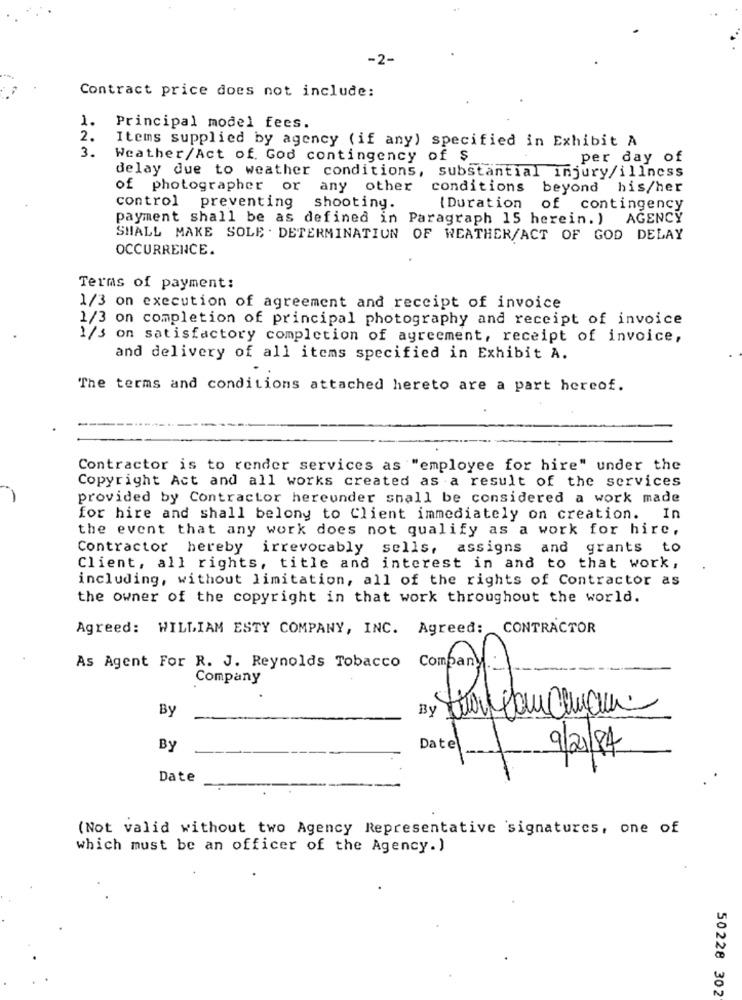
-2-
Contract price does not include:
1. Principal model fees.
2.
3.
Items supplied by agency (if any) specified in Exhibit A
Weather/Act of God contingency of $
per day of
delay due to weather conditions, substantial injury/illness
of photographer or any other conditions
beyond his/her
control preventing
shooting.
{Duration
of contingency
payment shall be as defined in Paragraph 15 herein. ) AGENCY
SHALL MAKE SOLE . DETERMINATION OF WEATHER/ACT OF GOD DELAY
OCCURRENCE.
Terms of payment:
1/3 on execution of agreement and receipt of invoice
1/3 on completion of principal photography and receipt of invoice
1/s on satisfactory completion of agreement, receipt of invoice,
and delivery of all items specified in Exhibit A.
The terms and conditions attached hereto are a part hereof.
Contractor is to render services as "employee for hire" under the
Copyright Act and all works created as a result of the services
provided by Contractor hereunder shall be considered a work made
for hire and shall belong to Client immediately on creation. In
the event that any work does not qualify as a work for hire,
Contractor hereby irrevocably sells, assigns and grants to
Client, all rights, title and interest in and to that work,
including, without limitation, all of the rights of Contractor as
the owner of the copyright in that work throughout the world.
Agreed: WILLIAM ESTY COMPANY, INC. Agreed: CONTRACTOR
As Agent For R. J. Reynolds Tobacco Company.
Company
By
5
By
Date
9/21/84
Date
(Not valid without two Agency Representative signatures, one of
which must be an officer of the Agency.)
50228 302